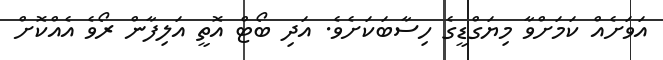
އަވަށެއް ކަމަށްވާ މިޔަގްޑީގެ ހިސާބަކަށެވެ. އަދި ބޯޓް އޮތީ އަލިފާން ރޯވެ އެއްކޮށް